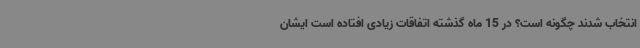
انتخاب شدند چگونه است؟ در 15 ماه گذشته اتفاقات زیادی افتاده است ایشان